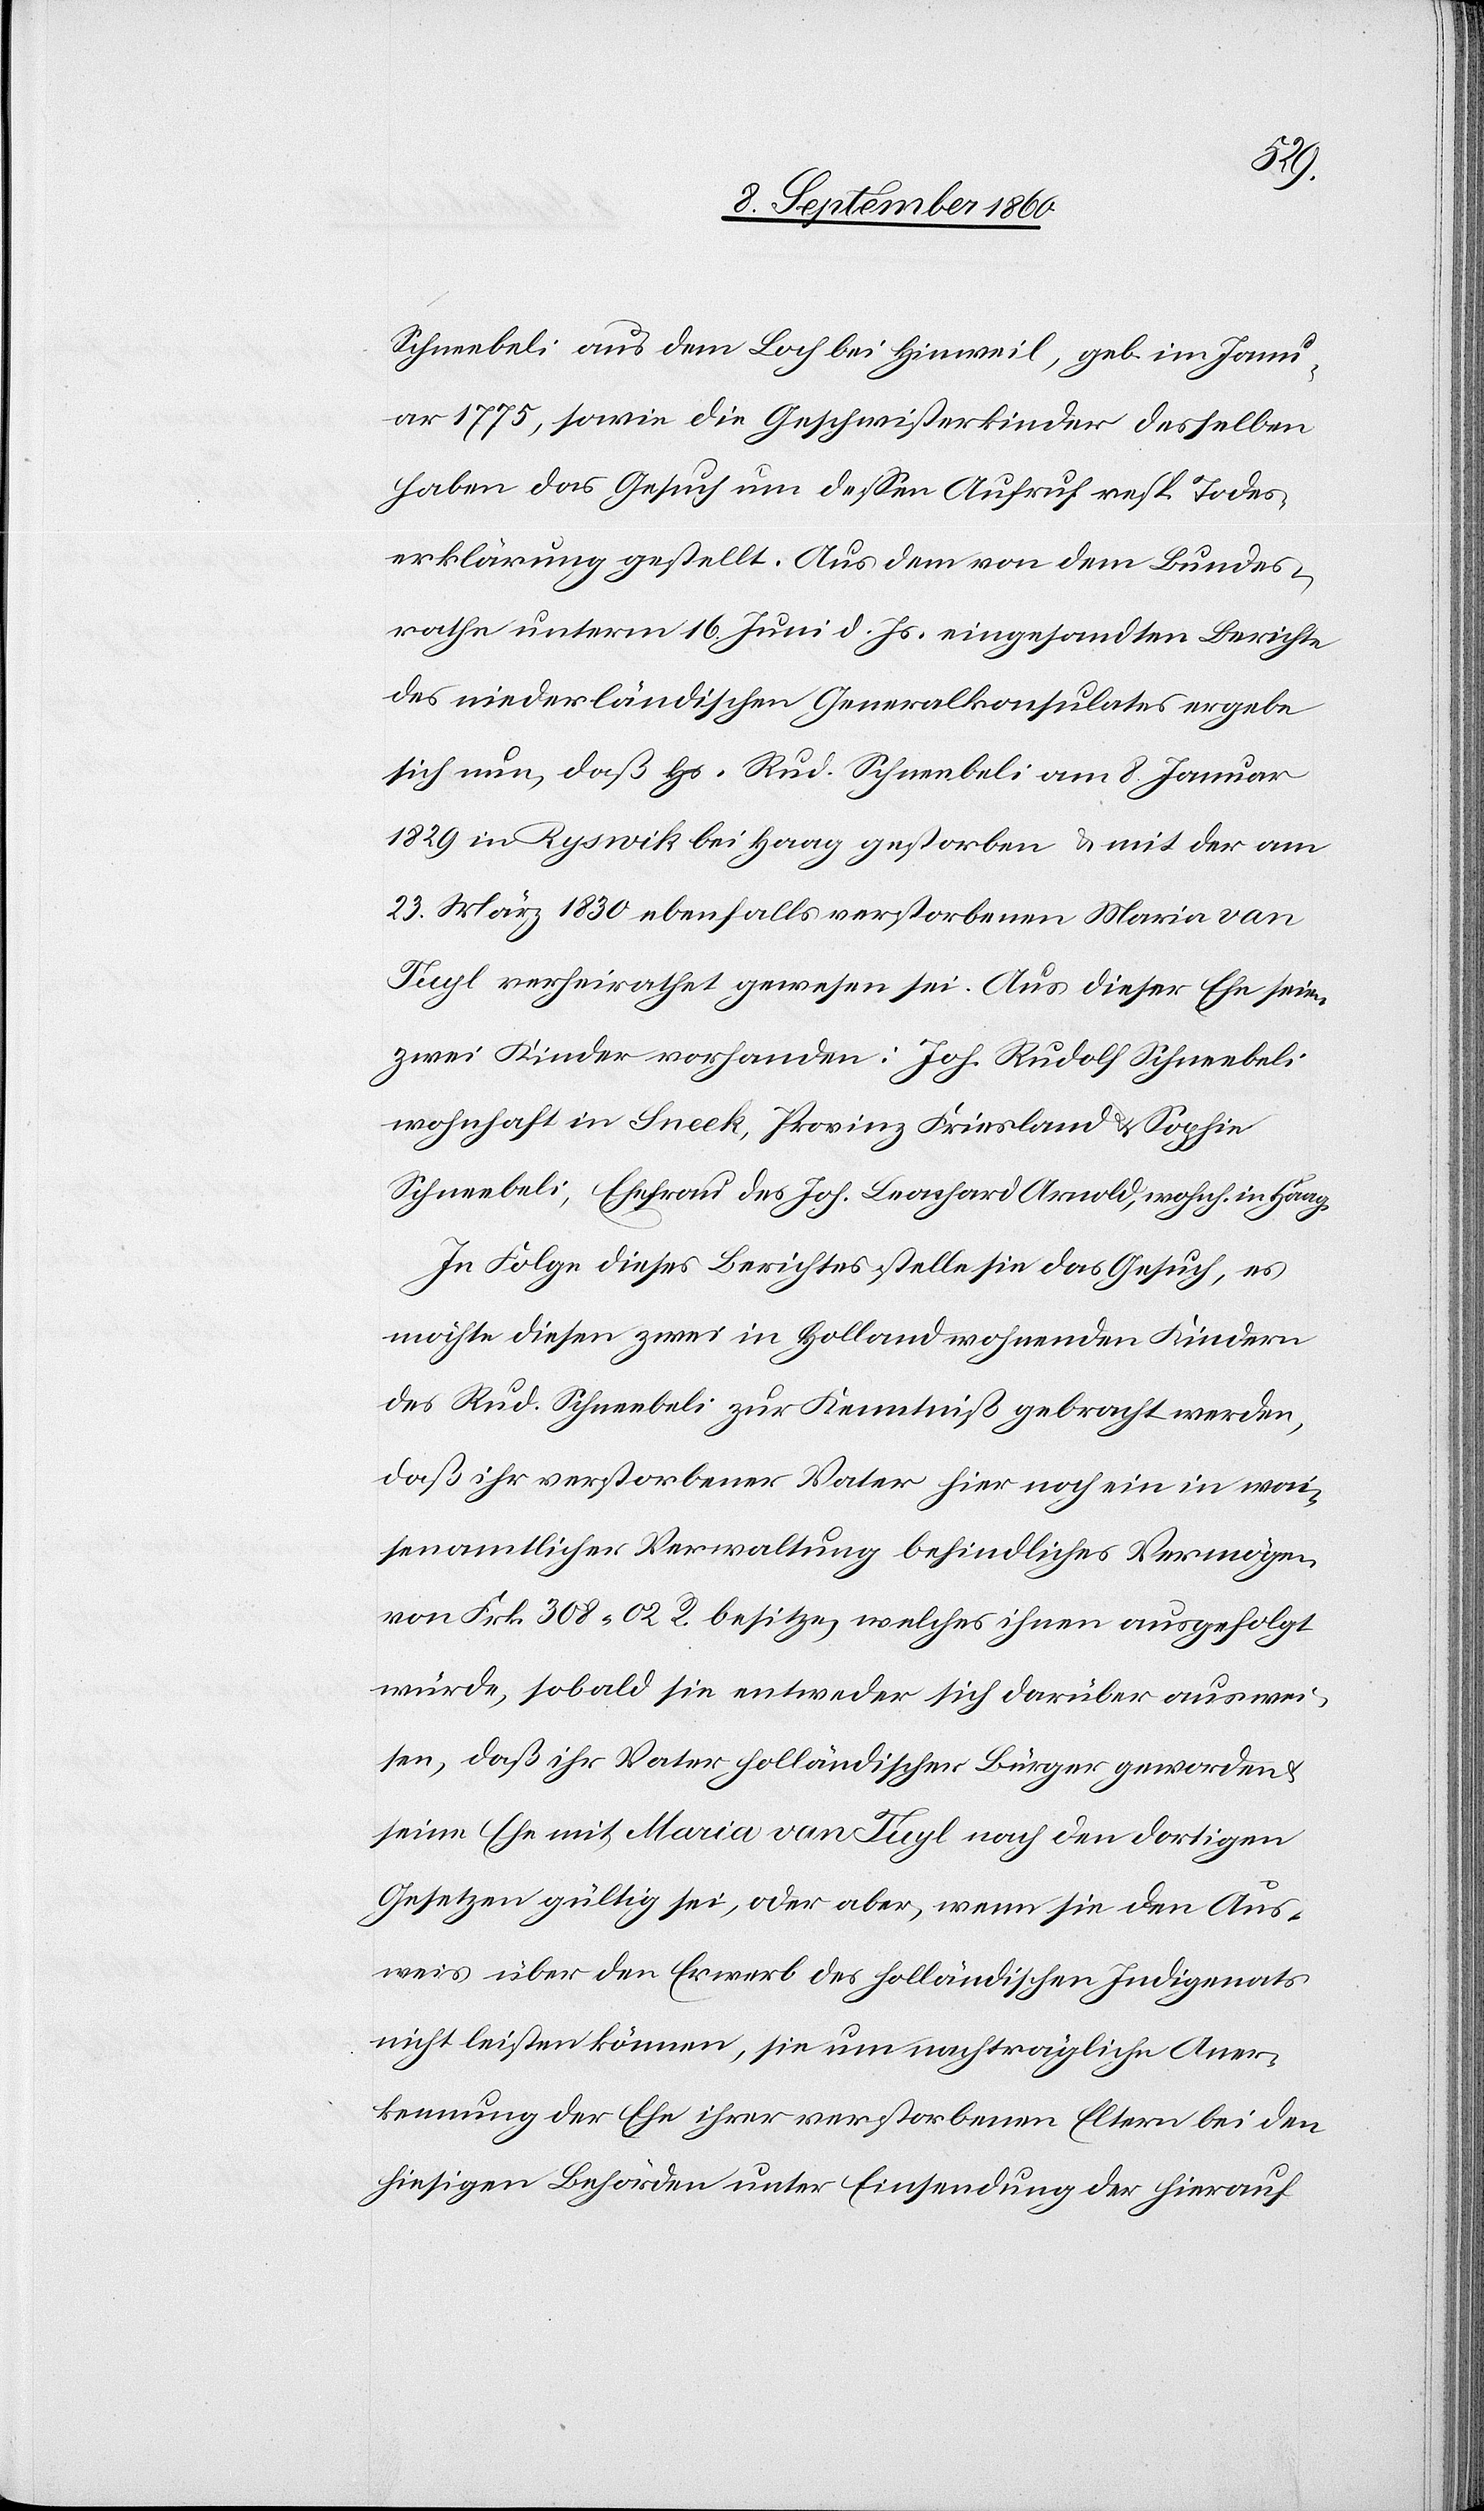
Schneebeli aus dem Loch bei Hinweil, geboren im Janu¬
ar 1775, sowie die Geschwisterkinder desselben
haben das Gesuch um dessen Aufruf resp. Todes¬
erklärung gestellt. Aus dem von dem Bundes¬
rathe unterm 16. Juni d. Js. eingesandten Berichte
des Niederländischen Generalkonsulates ergebe
sich nun, dass Hs. Rudolf Schneebeli am 8. Januar
1829 in Ryswik bei Haag gestorben u. mit der am
23. März 1830 ebenfalls verstorbenen Maria von
Tugl verheirathet gewesen sei. Aus dieser Ehe seien
zwei Kinder vorhanden: Joh. Rudolf Schneebeli,
wohnhaft in Sneek, Provinz Friesland u. Sophie
Schneebeli, Ehefrau des Joh. Leonhard Arnold, wohnhaft in Haag.
In Folge dieses Berichtes stelle sie das Gesuch, es
möchte diesen zwei in Holland wohnenden Kindern
des Rudolf Schneebeli zur Kenntniss gebracht werden,
dass ihr verstorbener Vater hier noch ein in wai¬
senamtlicher Verwaltung befindliches Vermögen
von fcs. 308 01C besitze, welches ihnen ausgefolgt
würde, sobald sie entweder sich darüber auswei¬
sen, dass ihr Vater holländischer Bürger geworden
seine Ehe mit Maria von Tugl nach den dortigen
Gesetzen gültig sei, oder aber, wenn sie den Aus¬
weis über den Erwerb des holländischen Indigmats
nicht leisten können, sie um nachträgliche Aner¬
kennung der Ehe ihrer verstorbenen Eltern bei den
hiesigen Behörden unter Einsendung der hierauf